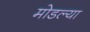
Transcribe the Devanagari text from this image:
मोडल्या